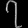
Digit: ၇